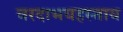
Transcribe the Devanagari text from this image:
वरदाभयहस्ताय